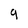
Character: 9